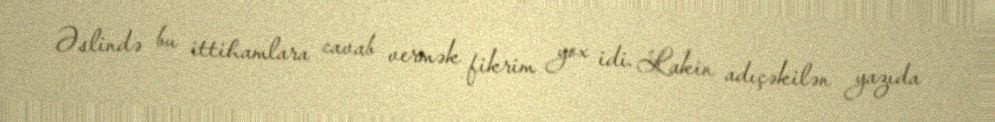
Əslində bu ittihamlara cavab vermək fikrim yox idi. Lakin adıçəkilən yazıda